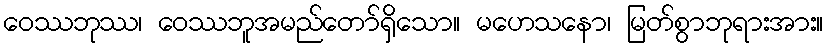
ဝေဿဘုဿ၊ ဝေဿဘူအမည်တော်ရှိသော။ မဟေသနော၊ မြတ်စွာဘုရားအား။